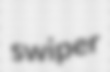
swiper